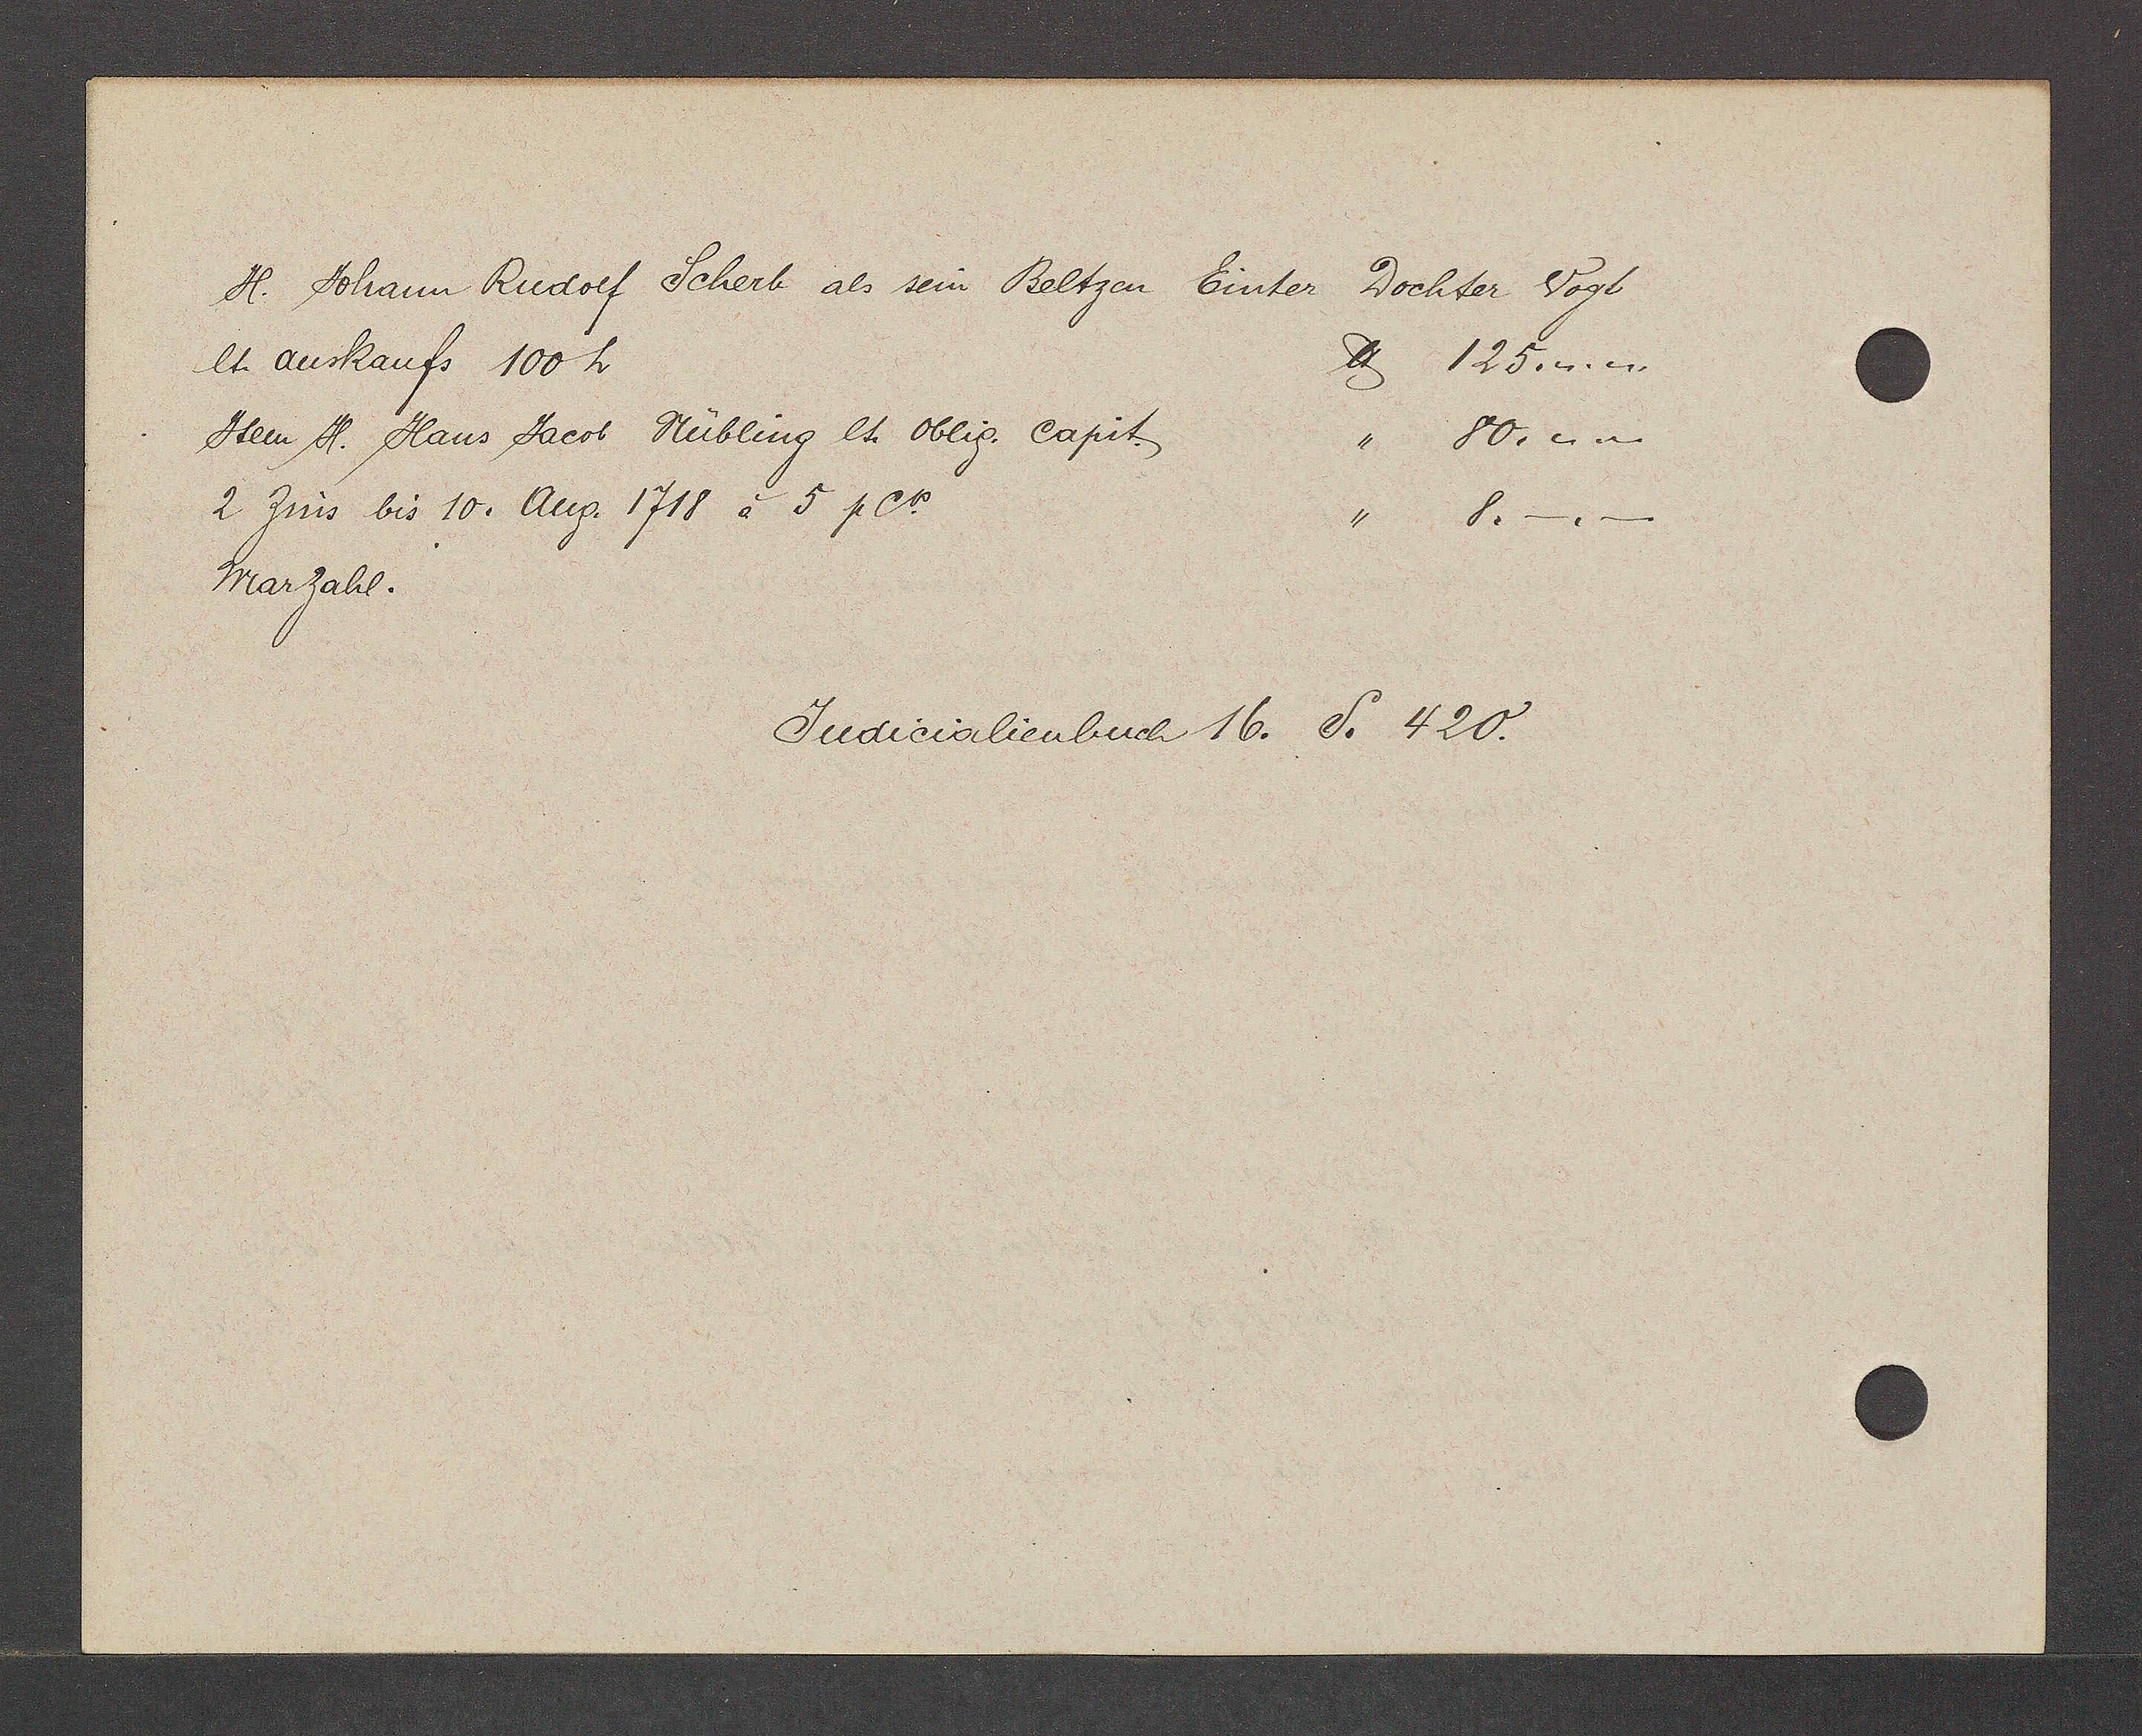
Transcript:
H. Johann Rudolf Scherb als sein Beltzen Einter Dochter Vogt
lt auskaufs 100 h          ℔ 125.-.-.
Item H. Haus Jacob Mübling lt. Oblig. Capit          " 80.-.-
2 Zins bis 10. Aug. 1718 à 5 pCt.          .-.-.
Marzahl.
Judicialienbuch 16. S. 420.